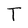
Character: T